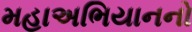
મહાઅભિયાનનો